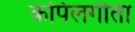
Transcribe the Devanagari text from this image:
कपिलगीता